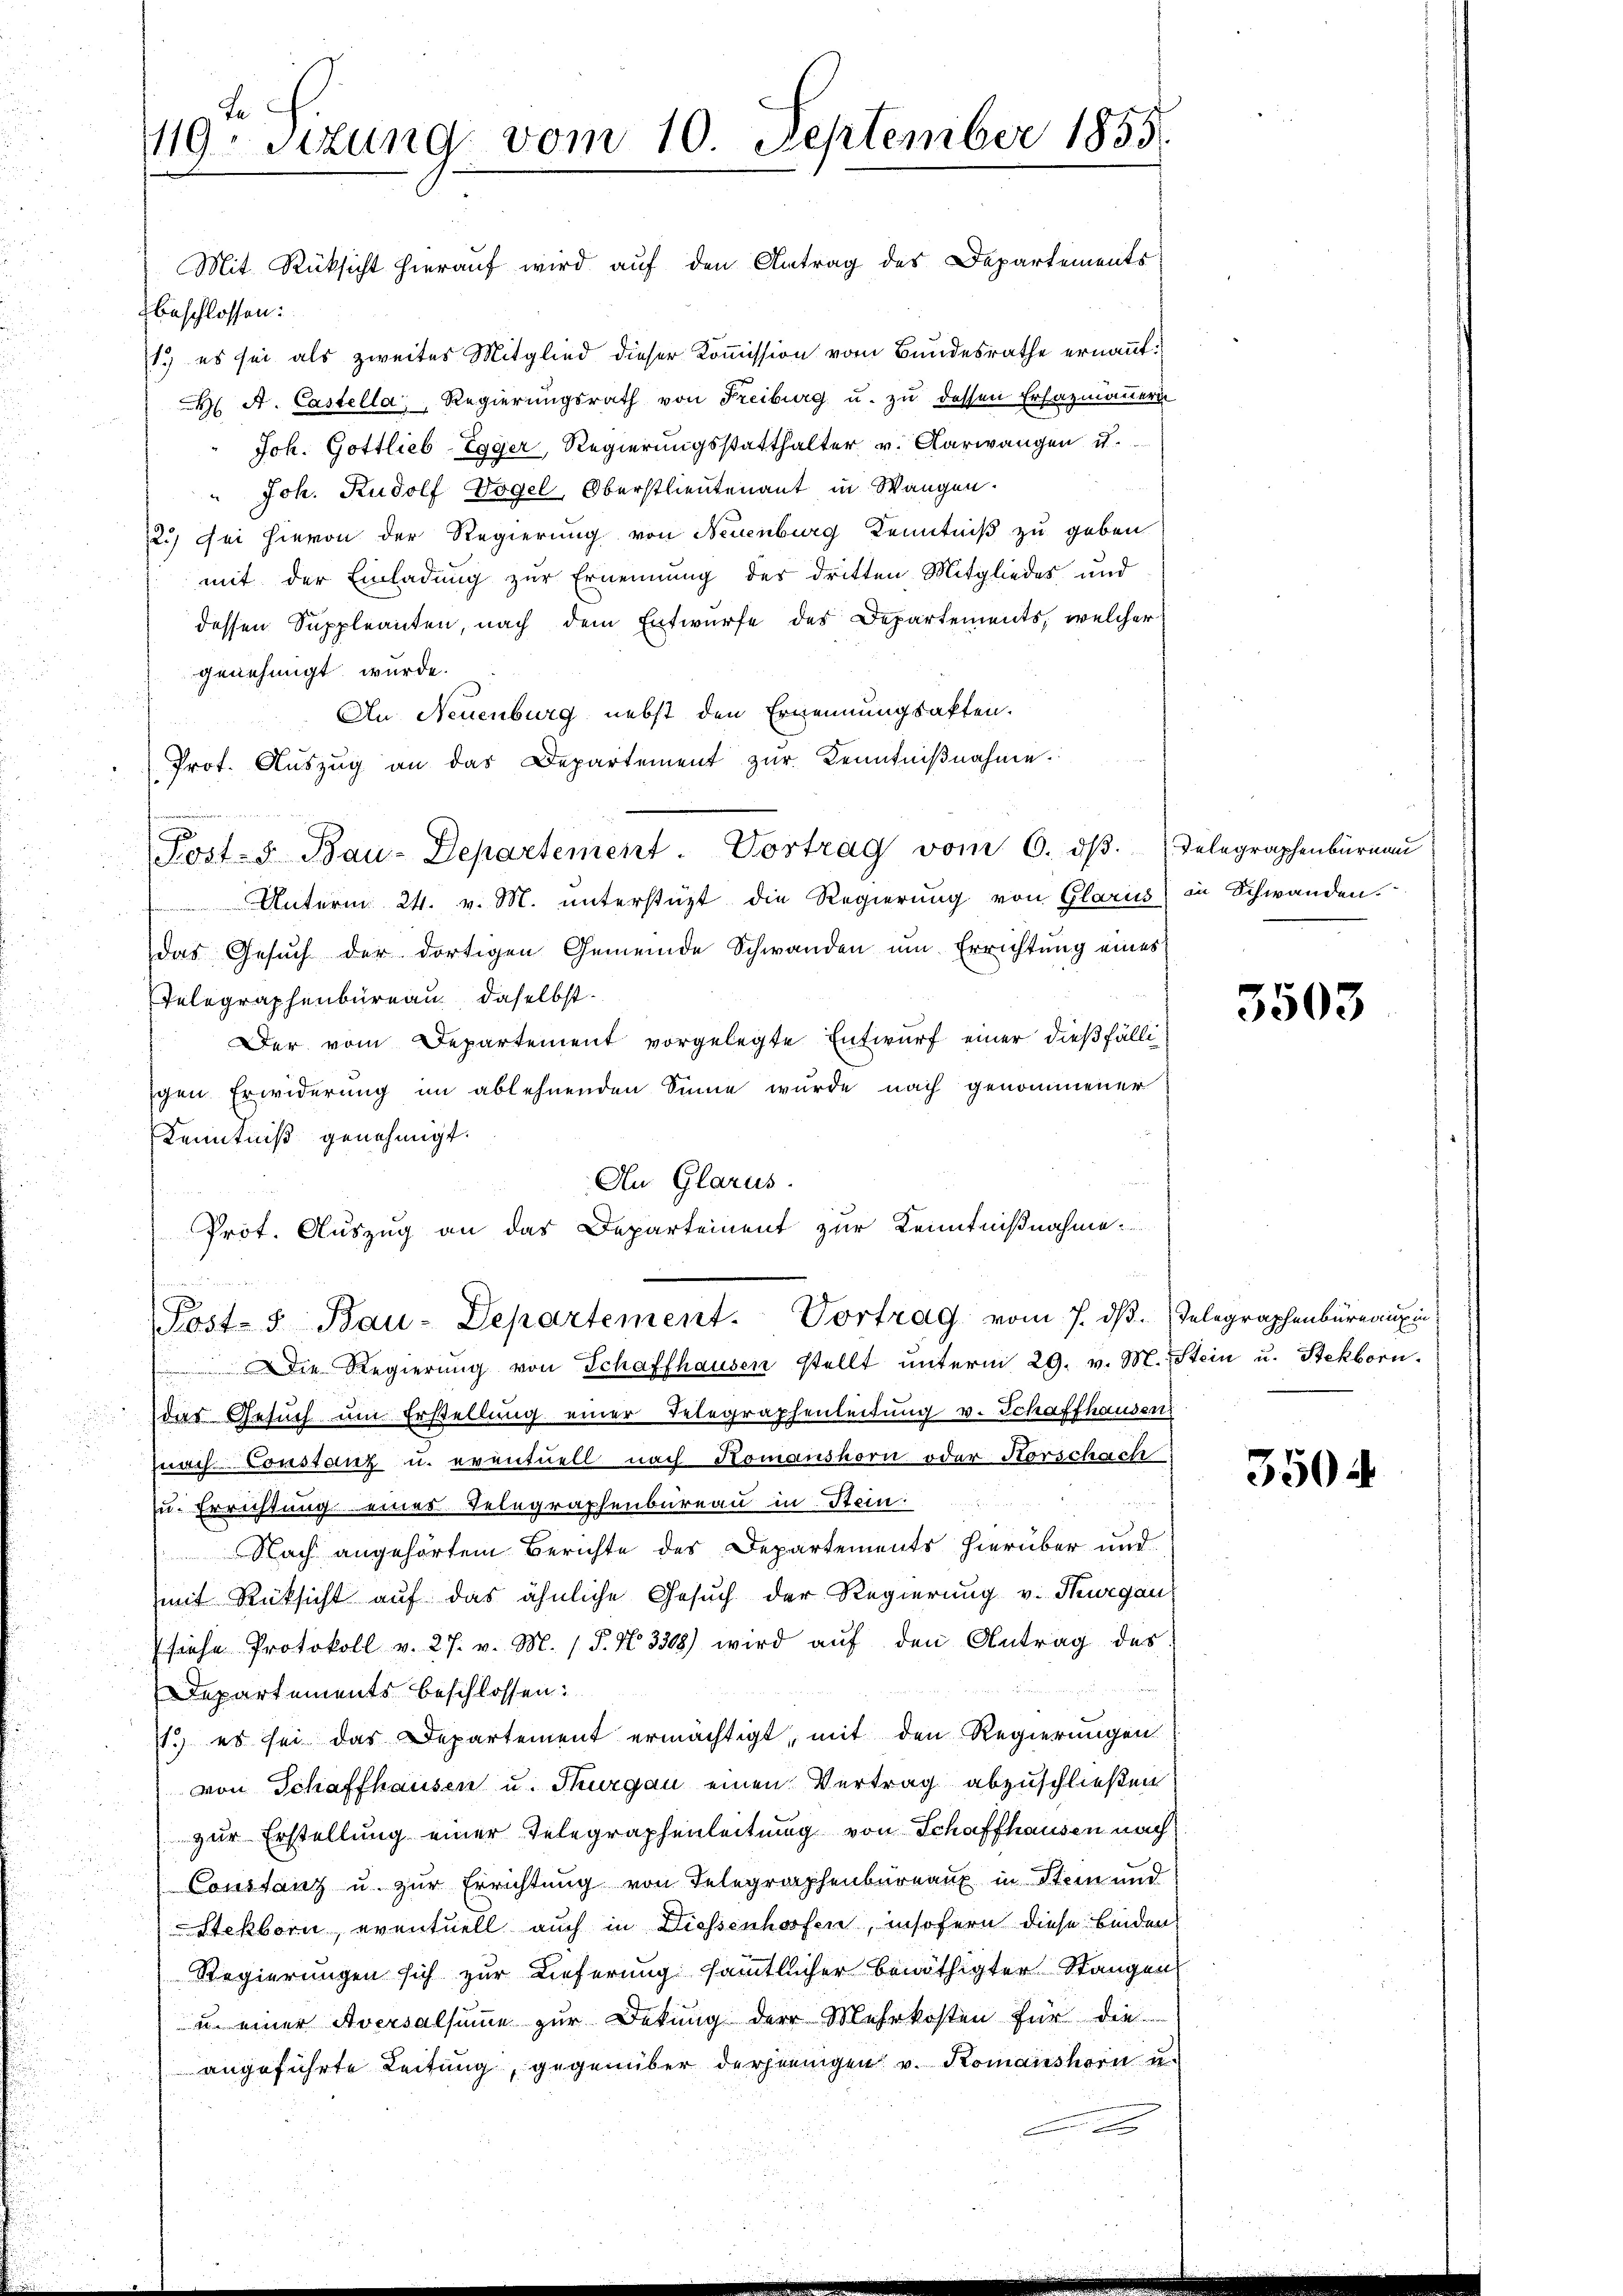
Mit Rücksicht hierauf wird auf den Antrag des Departements
beschlossen:
1.) es sei als zweites Mitglied dieser Kommission vom Bundesrathe ernannt.
 A. Castella, Regierŭngsrath von Freiburg u. zŭ dessen Erfazmannern
Joh. Gottlieb Egger Regierungsstatthalter v. Aarwangen u.
" Joh. Rudolf Vogel, Oberstlieutenant in Wangen.
12.) Sei hievon der Regierung von Neuenburg Kenntniß zu geben
mit der Einladung zur Ernennung des dritten Mitgliedes und
dessen Suppleanten, nach dem Entwurfe des Departements, welcher
genehmigt wurde.
An Neuenburg nebst den Ernennungsakten.
Prot. Aŭszŭg an das Departement zŭr Kenntniβnahme.
 Unterm 24. v. M. unterstüzt die Regierung von Glarus) in Schwanden.
das Gesŭch der dortigen Gemeinde Schwanden ŭm Errichtung eines
Telegraphenbureau daselbst
Der vom Departement vorgelegte Entwurf einer dießfälligen Erwiderung im ablehnenden Sinne wurde nach genommener
Kenntniß genehmigt.
An Glarus.
Prot. Auszug an das Departement zur Kenntnißnahme
anieren
s
Post- 5. Bau-Departement. Vortrag vom 7. ds. Telegraphenbüreaux in
Die Regierung von Schaffhausen stellt unterm 29. v. M. Stein u. Stekborn.
das Gesuch um Erstellung einer Telegraphenleitung v. Schaffhausen
znach Constanz u. eventuell nach Komanshorn oder Horschach
zu. Errichtung eines Telegraphenbureau in Stein.
Nach angehörtem Berichte des Departements hierüber und
mit Rücksicht auf das ähnliche Gesuch der Regierung v. Thurgau,
siehe Protokoll v. 27. v. M. (§. N. 3308) wird aŭf den Antrag des
Departements beschlossen:
11.) es sei das Departement ermächtigt, mit den Regierungen
von Schaffhausen u. Thurgau einen Vertrag abzuschließen
zur Erstellung einer Telegraphenleitung von Schaffhausen nach
Constanz u. zur Errichtung von Telegraphenbureaux in Stein und
Stekborn, eventuell auch in Diessenhofen, insofern diese binden
Regierungen sich zur Lieferung sämmtlicher benöthigter Stangen
u. einer Aversalsumme zur Dekung der Mehrkosten für die
angeführte Leitung, gegenüber derjeningen v. Komanshorn u.
d

Le
119. Sitzung vom 10. September 1855

Post- u Bau-Departement. Vortrag vom 6. dβ. Telegraphenbürnan

3503

3504